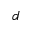
d